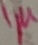
Text: 1µ